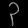
Digit: ၃